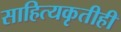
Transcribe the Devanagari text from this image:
साहित्यकृतीही